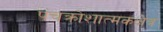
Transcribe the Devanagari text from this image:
पंचक्रोशात्मकक्षेत्र